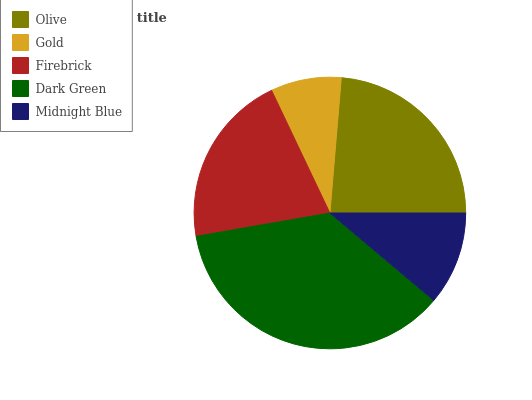
| Olive | Gold | Firebrick | Dark Green | Midnight Blue |
 | --- | --- | --- | --- | --- |
 | 23.7% | 8.4% | 20.7% | 36.1% | 11.1% |